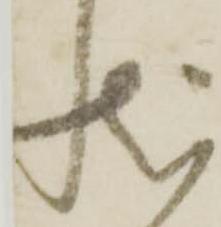
状